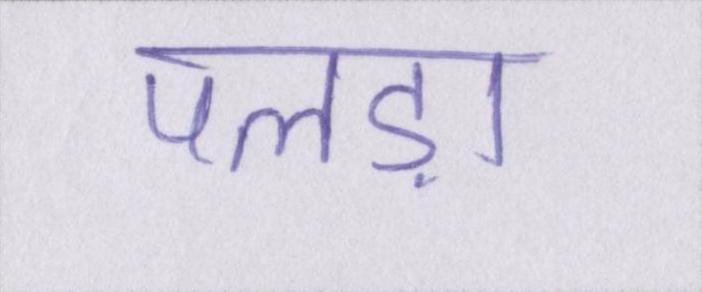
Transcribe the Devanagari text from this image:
पलड़ा